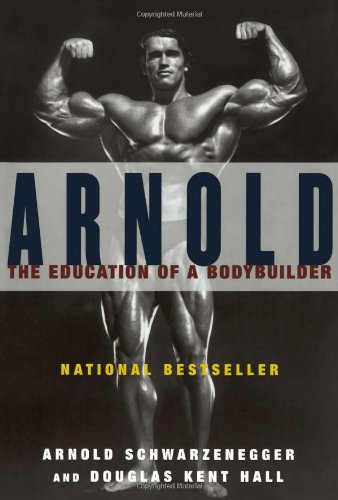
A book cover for Arnold: The Education of a Bodybuilder; Arnold Schwarzenegger; Health, Fitness & Dieting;